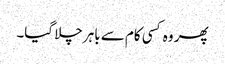
پھر وہ کسی کام سے باہر چلا گیا۔